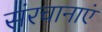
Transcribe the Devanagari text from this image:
संरचानाएं